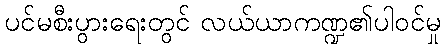
ပင်မစီးပွားရေးတွင် လယ်ယာကဏ္ဍ၏ပါဝင်မှု